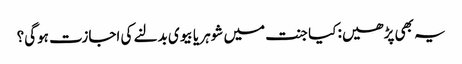
یہ بھی پڑھیں: کیا جنت میں شوہر یا بیوی بدلنے کی اجازت ہوگی؟